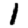
Digit: 1